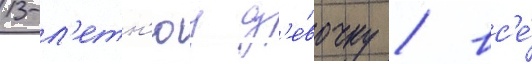
13-л'етн'юу д'е́вочку / вс'е́